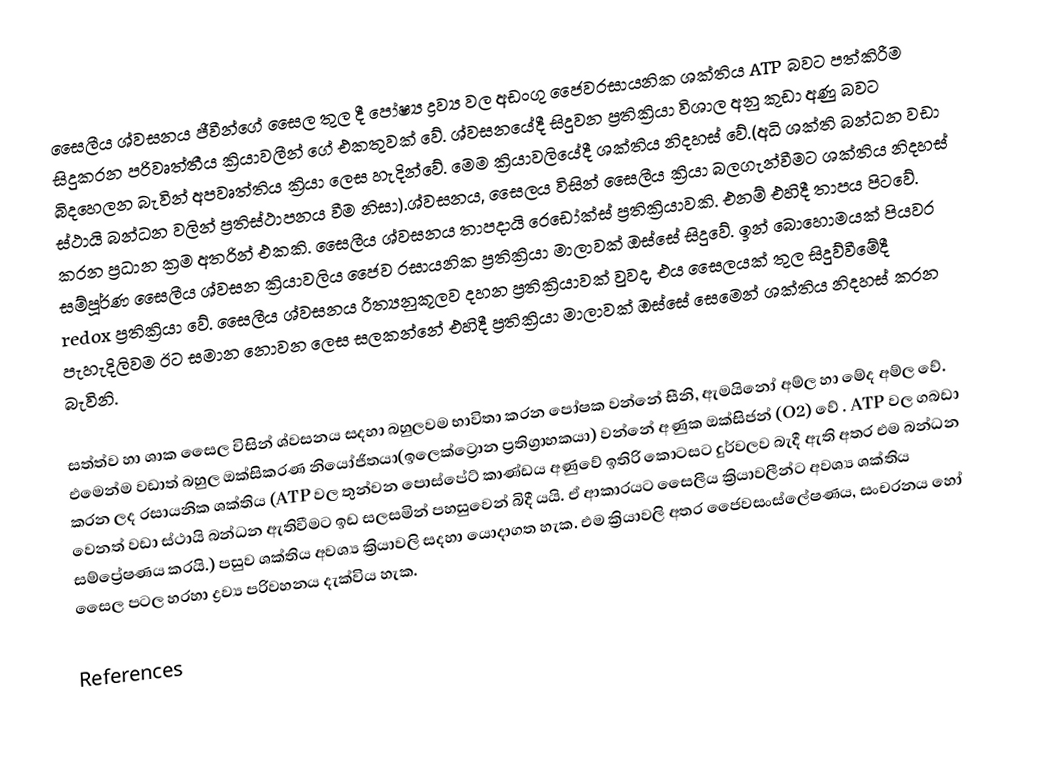
සෛලීය ශ්වසනය ජීවීන්ගේ  සෛල තුල දී පෝෂ්‍ය ද්‍රව්‍ය වල අඩංගු ජෛවරසායනික ශක්තිය ATP බවට පත්කිරීම සිදුකරන  පරිවෘත්තීය ක්‍රියාවලීන්  ගේ එකතුවක් වේ. ශ්වසනයේදී සිදුවන ප්‍රතික්‍රියා විශාල  අනු කුඩා අණු බවට  බිදහෙලන බැවින්  අපවෘත්තිය ක්‍රියා ලෙස හැදින්වේ. මෙම ක්‍රියාවලියේදී ශක්තිය නිදහස් වේ.(අධි ශක්ති බන්ධන වඩා ස්ථායි බන්ධන වලින් ප්‍රතිස්ථාපනය වීම නිසා).ශ්වසනය, සෛලය විසින් සෛලීය ක්‍රියා බලගැන්වීමට ශක්තිය නිදහස් කරන ප්‍රධාන ක්‍රම අතරින් එකකි. සෛලීය ශ්වසනය තාපදායි රෙඩෝක්ස් ප්‍රතික්‍රියාවකි. එනම් එහිදී තාපය පිටවේ. සම්පූර්ණ සෛලීය ශ්වසන ක්‍රියාවලිය ජෛව රසායනික ප්‍රතික්‍රියා මාලාවක් ඔස්සේ සිදුවේ. ඉන් බොහොමයක් පියවර redox ප්‍රතික්‍රියා  වේ. සෛලීය ශ්වසනය රීත්‍යනුකූලව දහන ප්‍රතික්‍රියාවක් වුවද, එය  සෛලයක් තුල සිදුව්වීමේදී පැහැදිලිවම ඊට සමාන නොවන ලෙස සලකන්නේ එහිදී ප්‍රතික්‍රියා මාලාවක් ඔස්සේ සෙමෙන් ශක්තිය නිදහස් කරන බැවිනි.

සත්ත්ව හා ශාක සෛල විසින් ශ්වසනය සදහා බහුලවම භාවිතා කරන පෝෂක වන්නේ සීනි, ඇමයිනෝ අම්ල හා මේද අම්ල වේ. එමෙන්ම වඩාත් බහුල ඔක්සිකරණ නියෝජිතයා(ඉලෙක්ට්‍රොන ප්‍රතිග්‍රාහකයා) වන්නේ අණුක ඔක්සිජ‍න් (O2) වේ . ATP වල ගබඩා කරන ලද රසායනික ශක්තිය (ATP වල තුන්වන පොස්පේට් කාණ්ඩය අණුවේ ඉතිරි කොටසට දුර්වලව බැදී ඇති අතර  එම බන්ධන වෙනත් වඩා ස්ථායි  බන්ධන ඇතිවීමට ඉඩ සලසමින් පහසුවෙන් බිදී යයි. ඒ ආකාරයට සෛලීය ක්‍රියාවලීන්ට  අවශ්‍ය ශක්තිය සම්ප්‍රේෂණය කරයි.) පසුව ශක්තිය අවශ්‍ය ක්‍රියාවලි සදහා යොදාගත හැක. එම ක්‍රියාවලි අතර ජෛවසංස්ලේෂණය, සංචරනය හෝ  සෛල පටල හරහා ද්‍රව්‍ය පරිවහනය දැක්විය හැක.

References